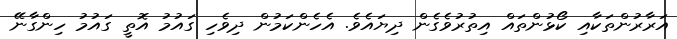
އަރާރުންތަކާއި ކޯޅުންތައް އިތުރުވެގެން ދިޔައެވެ. އެހެންކަމުން ދިވެހި ގައުމު އޮތީ ގައުމު ހިންގާނޭ